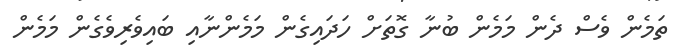
ތަމެން ވެސް ދެން މަމެން ބުނާ ގޮތަށް ހަދައިގެން މަމެންނާއި ބައިވެރިވެގެން މަމެން